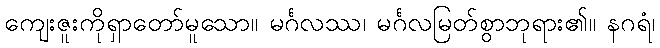
ကျေးဇူးကိုရှာတော်မူသော။ မင်္ဂလဿ၊ မင်္ဂလမြတ်စွာဘုရား၏။ နဂရံ၊